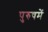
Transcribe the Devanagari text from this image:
पुरुषमें